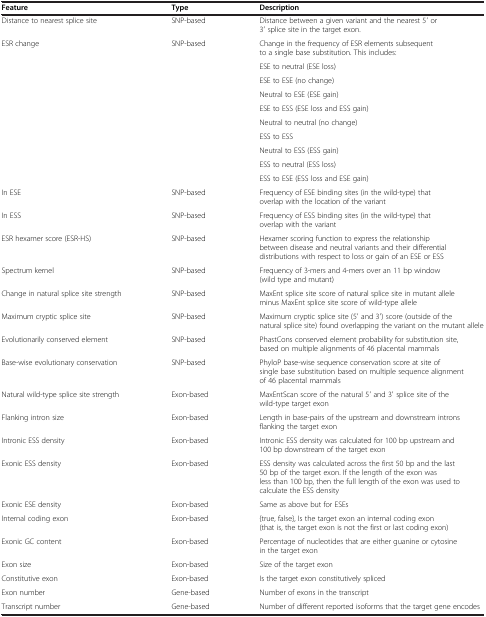
| Feature | Type | Description |
 | --- | --- | --- |
 | Distance to nearest splice site | SNP-based | Distance between a given variant and the nearest 5′ or 3′ splice site in the target exon. |
 | <ROWSPAN=10> ESR change | <ROWSPAN=10> SNP-based | Change in the frequency of ESR elements subsequent to a single base substitution. This includes: |
 | ESE to neutral (ESE loss) |
 | ESE to ESE (no change) |
 | Neutral to ESE (ESE gain) |
 | ESE to ESS (ESE loss and ESS gain) |
 | Neutral to neutral (no change) |
 | ESS to ESS |
 | Neutral to ESS (ESS gain) |
 | ESS to neutral (ESS loss) |
 | ESS to ESE (ESS loss and ESE gain) |
 | In ESE | SNP-based | Frequency of ESE binding sites (in the wild-type) that overlap with the location of the variant |
 | In ESS | SNP-based | Frequency of ESS binding sites (in the wild-type) that overlap with the variant |
 | ESR hexamer score (ESR-HS) | SNP-based | Hexamer scoring function to express the relationship between disease and neutral variants and their differential distributions with respect to loss or gain of an ESE or ESS |
 | Spectrum kernel | SNP-based | Frequency of 3-mers and 4-mers over an 11 bp window (wild type and mutant) |
 | Change in natural splice site strength | SNP-based | MaxEnt splice site score of natural splice site in mutant allele minus MaxEnt splice site score of wild-type allele |
 | Maximum cryptic splice site | SNP-based | Maximum cryptic splice site (5′ and 3′) score (outside of the natural splice site) found overlapping the variant on the mutant allele |
 | Evolutionarily conserved element | SNP-based | PhastCons conserved element probability for substitution site, based on multiple alignments of 46 placental mammals |
 | Base-wise evolutionary conservation | SNP-based | PhyloP base-wise sequence conservation score at site of single base substitution based on multiple sequence alignment of 46 placental mammals |
 | Natural wild-type splice site strength | Exon-based | MaxEntScan score of the natural 5′ and 3′ splice site of the wild-type target exon |
 | Flanking intron size | Exon-based | Length in base-pairs of the upstream and downstream introns flanking the target exon |
 | Intronic ESS density | Exon-based | Intronic ESS density was calculated for 100 bp upstream and 100 bp downstream of the target exon |
 | Exonic ESS density | Exon-based | ESS density was calculated across the first 50 bp and the last 50 bp of the target exon. If the length of the exon was less than 100 bp, then the full length of the exon was used to calculate the ESS density |
 | Exonic ESE density | Exon-based | Same as above but for ESEs |
 | Internal coding exon | Exon-based | {true, false}, Is the target exon an internal coding exon (that is, the target exon is not the first or last coding exon) |
 | Exonic GC content | Exon-based | Percentage of nucleotides that are either guanine or cytosine in the target exon |
 | Exon size | Exon-based | Size of the target exon |
 | Constitutive exon | Exon-based | Is the target exon constitutively spliced |
 | Exon number | Gene-based | Number of exons in the transcript |
 | Transcript number | Gene-based | Number of different reported isoforms that the target gene encodes |